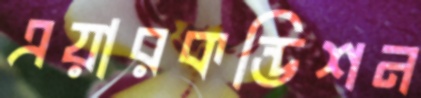
এয়ারকন্ডিশন